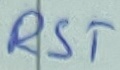
Text: RST